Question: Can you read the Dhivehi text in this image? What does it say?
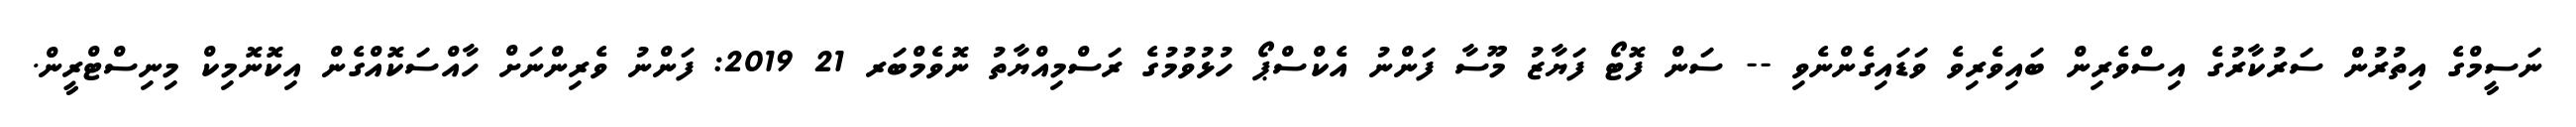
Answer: ނަސީމްގެ އިތުރުން ސަރުކާރުގެ އިސްވެރިން ބައިވެރިވެ ވަޑައިގެންނެވި -- ސަން ފޮޓޯ ފަޔާޒު މޫސާ ފަންނު އެކްސްޕޯ ހުޅުވުމުގެ ރަސްމިއްޔާތު ނޮވެމްބަރ 21 2019: ފަންނު ވެރިންނަށް ހާއްސަކޮއްގެން އިކޮނޮމިކް މިނިސްޓްރީން.